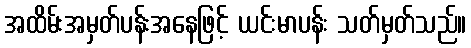
အထိမ်းအမှတ်ပန်းအနေဖြင့် ယင်းမာပန်း သတ်မှတ်သည်။